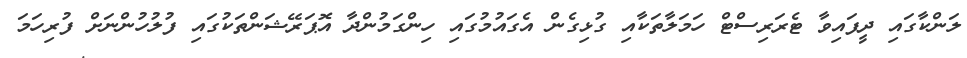
ލަންކާގައި ދީފައިވާ ޓެރަރިސްޓް ހަމަލާތަކާއި ގުޅިގެން އެގައުމުގައި ހިންގަމުންދާ އޮޕަރޭޝަންތަކުގައި ފުލުހުންނަށް ފުރިހަމަ